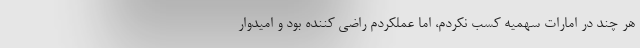
هر چند در امارات سهمیه کسب نکردم، اما عملکردم راضی کننده بود و امیدوار